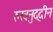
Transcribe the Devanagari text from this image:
रुखनुद्दीन